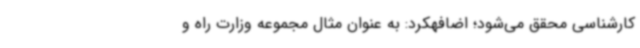
کارشناسی محقق می‌شود؛ اضافهکرد: به عنوان مثال مجموعه وزارت راه و